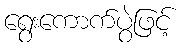
ရွေးကောက်ပွဲဖြင့်